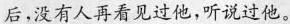
后，没有人再看见过他,听说过他。